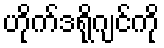
ဟိုက်ဒရိုဂျင်ကို